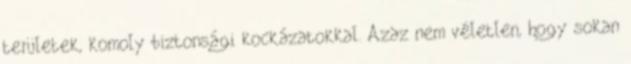
területek, komoly biztonsági kockázatokkal. Azaz nem véletlen, hogy sokan